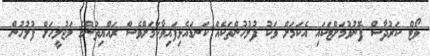
ވޯޓް ކަރުދާސް ފޮނުވުމަށްޓަކައި އެކަމަށް ވަކު ފުލުހުންތަކެއް ކަނޑައެޅިފައިވާކަމަށްވެސް ރައްޔިތުންގެ މަޖުލީހަށް ފުލުހުން